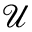
\mathcal { U }